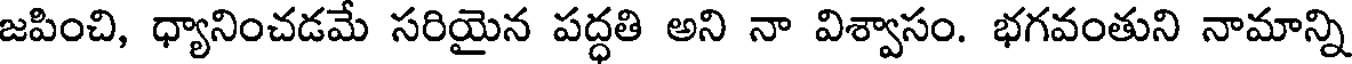
జపించి, ధ్యానించడమే సరియైన పద్ధతి అని నా విశ్వాసం. భగవంతుని నామాన్ని